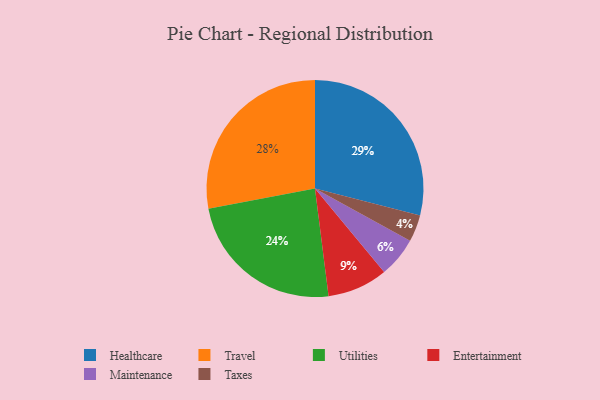
{"axis": {"x": "Category", "y": "Percentage"}, "legend": ["Entertainment", "Healthcare", "Maintenance", "Taxes", "Travel", "Utilities"], "data": [{"x": "Utilities", "y": 24, "type": "Utilities"}, {"x": "Taxes", "y": 4, "type": "Taxes"}, {"x": "Travel", "y": 28, "type": "Travel"}, {"x": "Maintenance", "y": 6, "type": "Maintenance"}, {"x": "Entertainment", "y": 9, "type": "Entertainment"}, {"x": "Healthcare", "y": 29, "type": "Healthcare"}]}